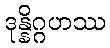
ဒုန္နိဂ္ဂဟဿ